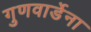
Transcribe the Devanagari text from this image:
गुणवार्डेना